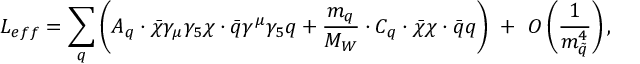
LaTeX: L _ { e f f } = \sum _ { q } ^ { } \left( { \cal A } _ { q } \cdot \bar { \chi } \gamma _ { \mu } \gamma _ { 5 } \chi \cdot \bar { q } \gamma ^ { \mu } \gamma _ { 5 } q + \frac { m _ { q } } { M _ { W } } \cdot { \cal C } _ { q } \cdot \bar { \chi } \chi \cdot \bar { q } q \right) \ + \ O \left( \frac { 1 } { m _ { \tilde { q } } ^ { 4 } } \right) ,